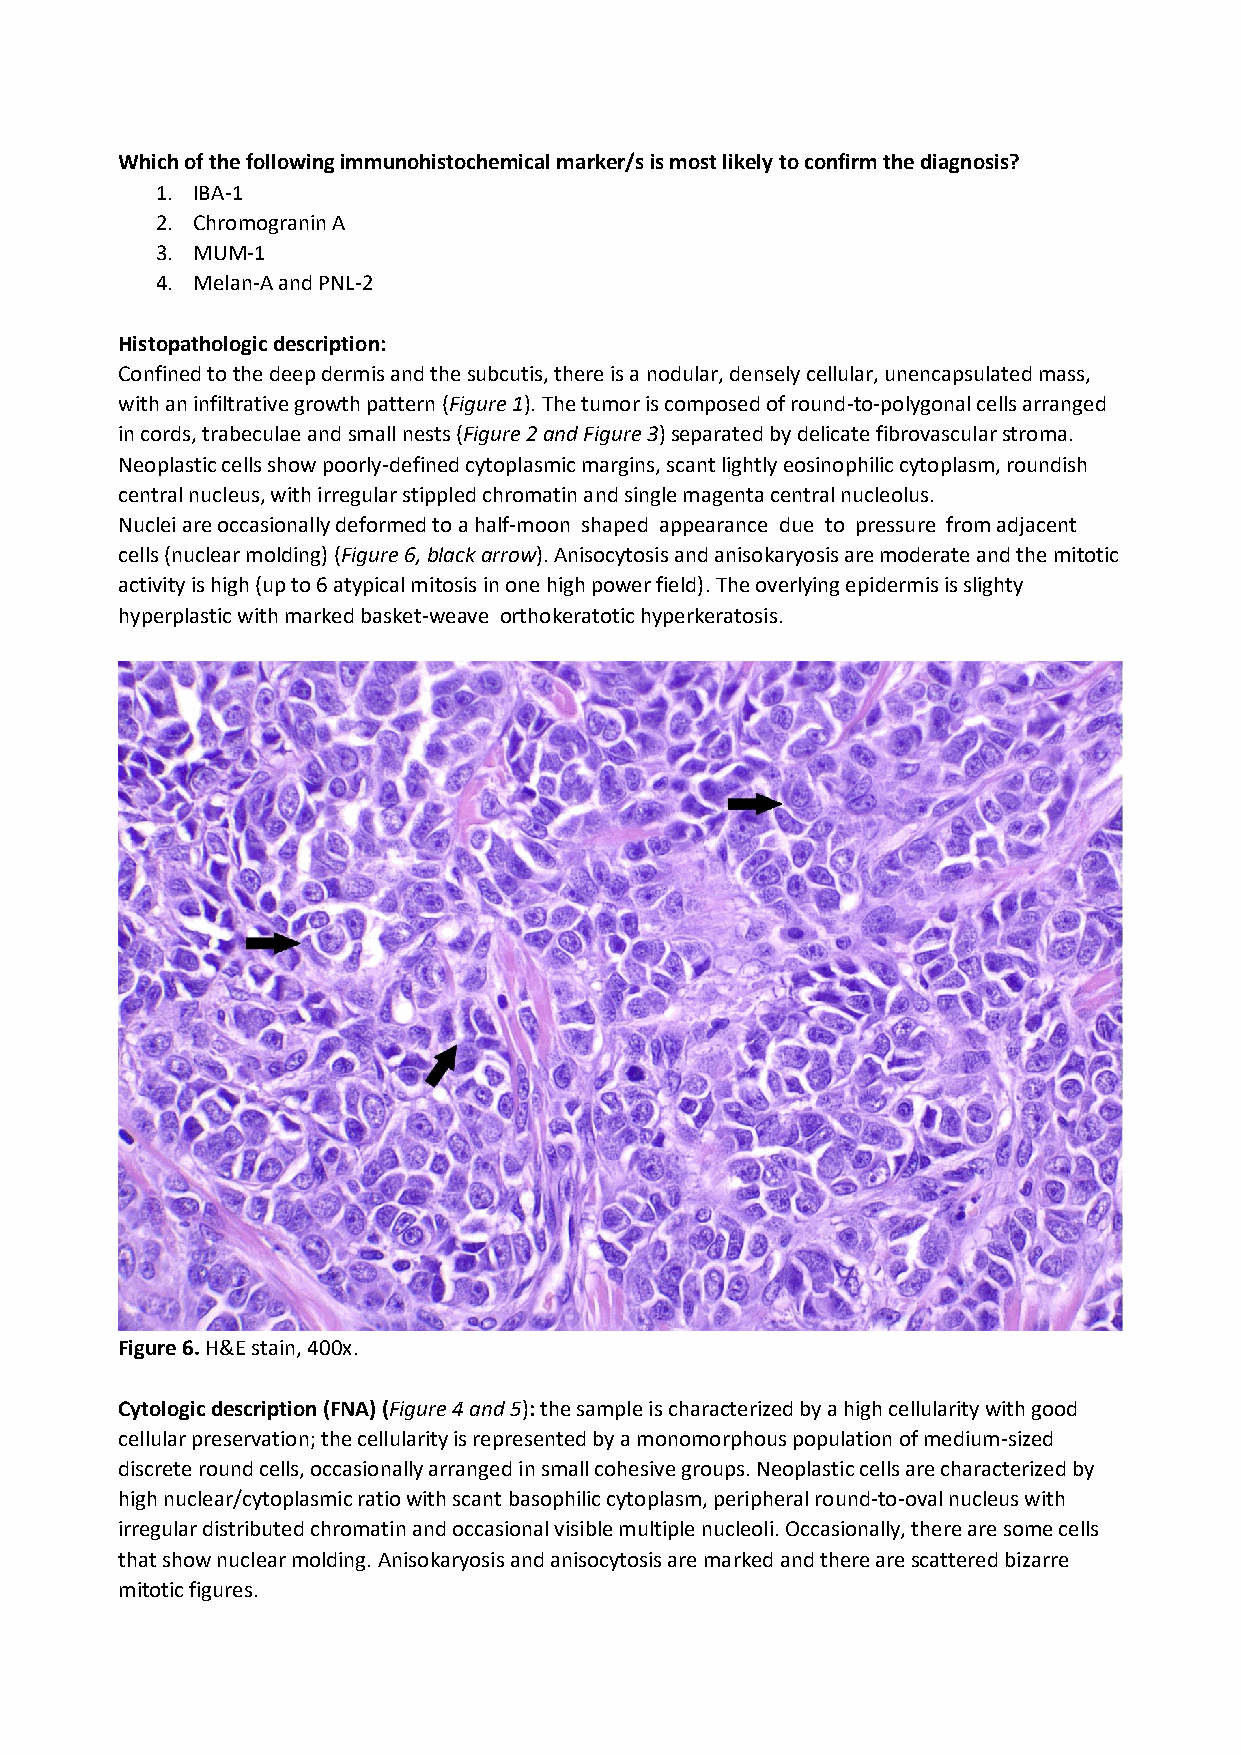
Which of the following immunohistochemical marker/s is most likely to confirm the diagnosis?
 1. IBA-1
 2. Chromogranin A
 3. MUM-1
 4. Melan-A and PNL-2
 Histopathologic description:
 Confined to the deep dermis and the subcutis, there is a nodular, densely cellular, unencapsulated mass,
 with an infiltrative growth pattern (Figure 1). The tumor is composed of round-to-polygonal cells arranged
 in cords, trabeculae and small nests (Figure 2 and Figure 3) separated by delicate fibrovascular stroma.
 Neoplastic cells show poorly-defined cytoplasmic margins, scant lightly eosinophilic cytoplasm, roundish
 central nucleus, with irregular stippled chromatin and single magenta central nucleolus.
 Nuclei are occasionally deformed to a half-moon shaped appearance due to pressure from adjacent
 cells (nuclear molding) (Figure 6, black arrow). Anisocytosis and anisokaryosis are moderate and the mitotic
 activity is high (up to 6 atypical mitosis in one high power field). The overlying epidermis is slighty
 hyperplastic with marked basket-weave orthokeratotic hyperkeratosis.
 Figure 6. H&E stain, 400x.
 Cytologic description (FNA) (Figure 4 and 5): the sample is characterized by a high cellularity with good
 cellular preservation; the cellularity is represented by a monomorphous population of medium-sized
 discrete round cells, occasionally arranged in small cohesive groups. Neoplastic cells are characterized by
 high nuclear/cytoplasmic ratio with scant basophilic cytoplasm, peripheral round-to-oval nucleus with
 irregular distributed chromatin and occasional visible multiple nucleoli. Occasionally, there are some cells
 that show nuclear molding. Anisokaryosis and anisocytosis are marked and there are scattered bizarre
 mitotic figures.